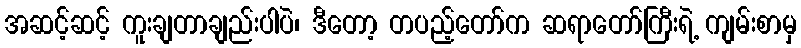
အဆင့်ဆင့် ကူးချတာချည်းပါပဲ၊ ဒီတော့ တပည့်တော်က ဆရာတော်ကြီးရဲ့ ကျမ်းစာမှ